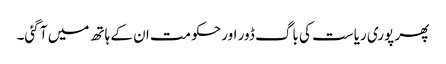
پھر پوری ریاست کی باگ ڈور اور حکومت ان کے ہاتھ میں آ گئی۔